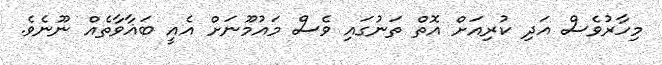
މިހާރުވެސް އަދި ކުރިއަށް އޮތް ތަނުގައި ވެސް މައުމޫނަށް އެއީ ބަޣާވާތެއް ނޫނެވެ.